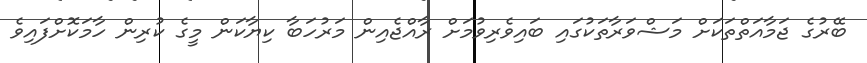
ބޭރުގެ ޖަމާއަތްތަކަށް މަޝްވަރާތަކުގައި ބައިވެރިވުމަށް ރާއްޖެއިން މަރުހަބާ ކިޔާކަން މީގެ ކުރިން ހާމަކޮށްފައިވެ